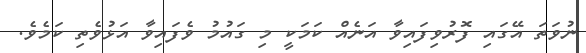
ނުވަތަ އޭގައި ފޮރުވިފައިވާ އަނެއް ކަމަކީ މި ގައުމު ވެފައިވާ އަޅުވެތި ކަމެވެ.